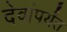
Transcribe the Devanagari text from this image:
देवांपर्यंत